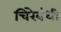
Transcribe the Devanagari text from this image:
चिरेबंधी